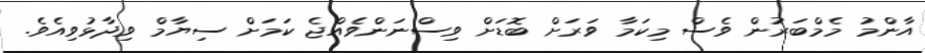
އާންމު މެމްބަރުން ވެސް މިކަމާ ވަރަށް ބޮޑަށް ވިސްނަންވެއްޖެ ކަމަށް ސިޔާމް ވިދާޅުވިއެވެ.